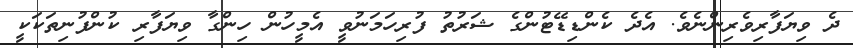
ދެ ވިޔަފާރިވެރިންނެވެ. އެދެ ކެންޑިޑޭޓުންގެ ޝަރުތު ފުރިހަމަނުވީ އެމީހުން ހިންގާ ވިޔަފާރި ކުންފުނިތަކަކީ